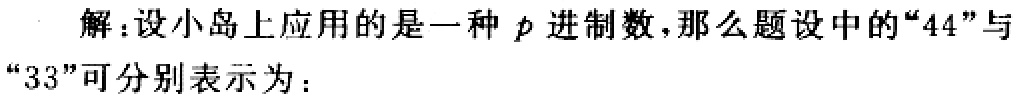
解：设小岛上应用的是一种\(p\)进制数，那么题设中的“\(44\)”与“\(33\)”可分别表示为：